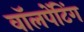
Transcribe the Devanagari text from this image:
वॉलपेंटिंग